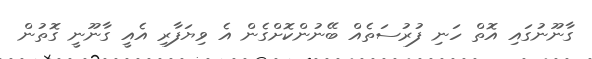
ގާނޫނުގައި އޮތް ހަނި ފުރުސަތެއް ބޭނުންކޮށްގެން އެ ވިޔަފާރި އެއީ ގާނޫނީ ގޮތުން